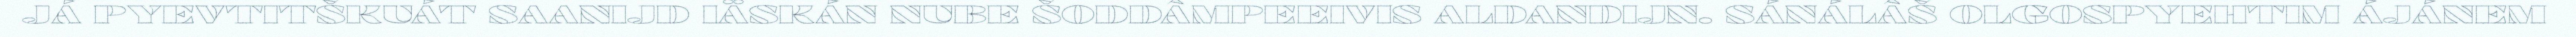
JÁ PYEVTITŠKUÁT SAANIJD IÄSKÁN NUBE ŠODDÂMPEEIVIS ALDANDIJN. SÁNÁLÂŠ OLGOSPYEHTIM ÁJÁNEM